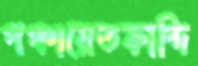
পঞ্চায়েতকান্দি